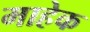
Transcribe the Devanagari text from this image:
माहेक